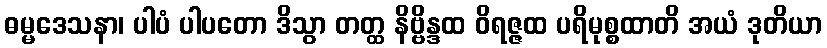
ဓမ္မဒေသနာ၊ ပါပံ ပါပတော ဒိသွာ တတ္ထ နိဗ္ဗိန္ဒထ ဝိရဇ္ဇထ ပရိမုစ္စထာတိ အယံ ဒုတိယာ